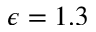
\epsilon = 1 . 3